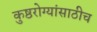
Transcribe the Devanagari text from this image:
कुष्ठरोग्यांसाठीच